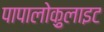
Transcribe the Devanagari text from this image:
पापालोक़ुलाइट